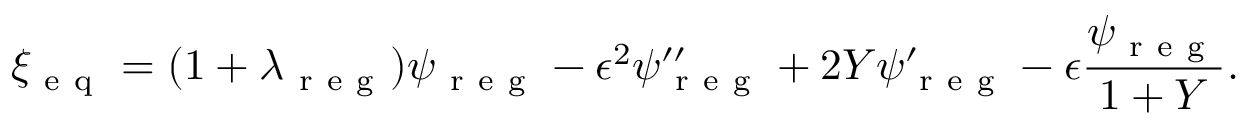
\xi _ { \mathrm { ~ e ~ q ~ } } = ( 1 + \lambda _ { \mathrm { ~ r ~ e ~ g ~ } } ) \psi _ { \mathrm { ~ r ~ e ~ g ~ } } - \epsilon ^ { 2 } \psi _ { \mathrm { ~ r ~ e ~ g ~ } } ^ { \prime \prime } + 2 Y \psi _ { \mathrm { ~ r ~ e ~ g ~ } } ^ { \prime } - \epsilon \frac { \psi _ { \mathrm { ~ r ~ e ~ g ~ } } } { 1 + Y } .